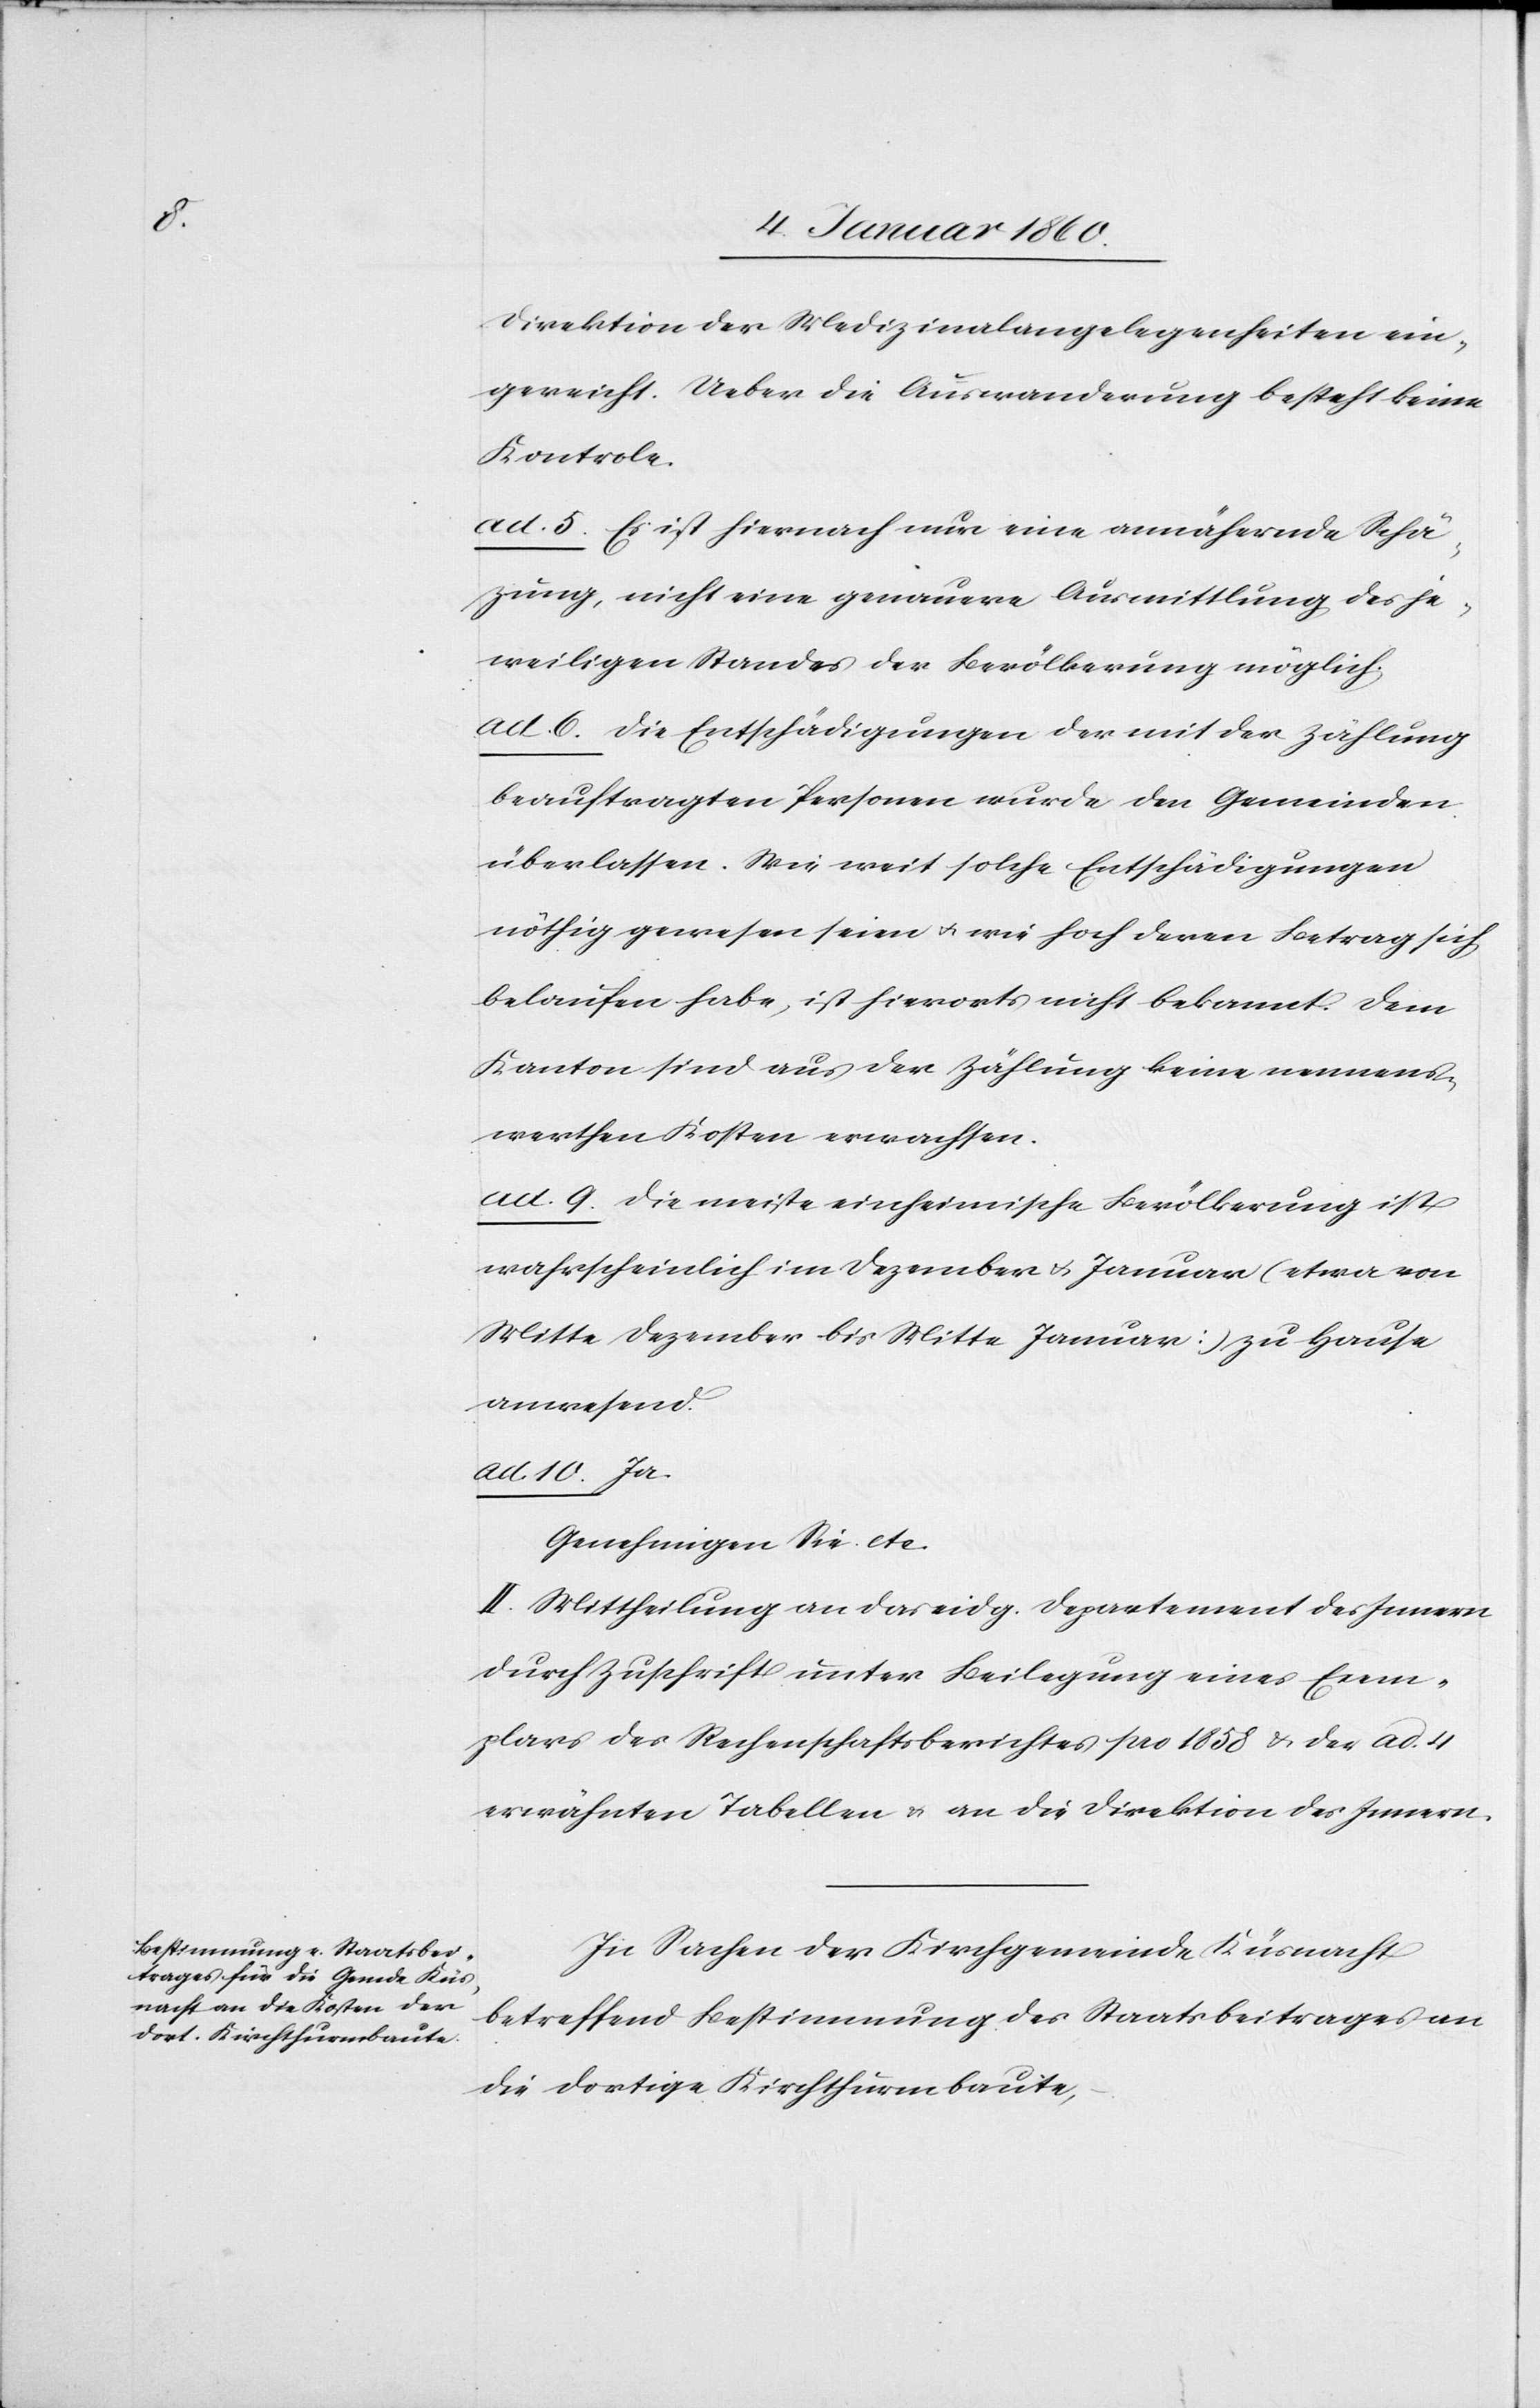
Direktion der Medizinalangelegenheiten ein¬
gereicht. Ueber die Auswanderung besteht keine
Kontrole.
ad. 5. Es ist hiernach nur eine annähernde Schät¬
zung, nicht eine genauere Ausmittlung des je¬
weiligen Standes der Bevölkerung möglich.
ad. 6. Die Entschädigungen der mit der Zählung
beauftragten Personen wurde den Gemeinden
überlassen. Wie weit solche Entschädigungen
nöthig gewesen seien u. wie hoch deren Betrag sich
belaufen habe, ist hierorts nicht bekannt. Dem
Kanton sind aus der Zählung keine nennens¬
werthen Kosten erwachsen.
ad 9. Die meiste einheimische Bevölkerung ist
wahrscheinlich im Dezember u. Januar (etwa von
Mitte Dezember bis Mitte Januar) zu Hause
anwesend.
ad. 10. Ja.
Genehmigen Sie etc.
II. Mittheilung an das eidg. Departement des Innern
durch Zuschrift unter Beilegung eines Exem¬
plars des Rechenschaftsberichtes per 1858. u. der ad. 4.
erwähnten Tabellen u. an die Direktion des Innern.
In Sachen der Kirchgemeinde Küsnacht
betreffend Bestimmung des Staatsbeitrages an
die dortige Kirchthurmbaute,